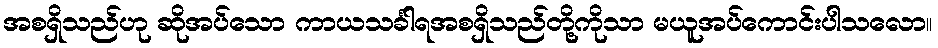
အစရှိသည်ဟု ဆိုအပ်သော ကာယသင်္ခါရအစရှိသည်တို့ကိုသာ မယူအပ်ကောင်းပါသလော။